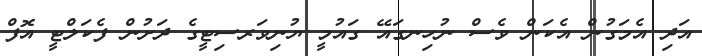
އަދި އެމަގުން އެކަން ވެސް ނުހިނގައޭ ގައުމީ ޔުނިވަރސިޓީގެ ދަށުން ފެކަލްޓީ އޮފް